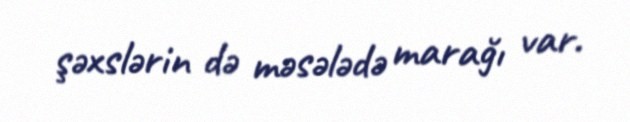
şəxslərin də məsələdə marağı var.